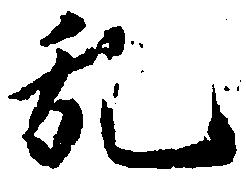
乱